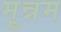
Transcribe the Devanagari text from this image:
मून्नम